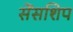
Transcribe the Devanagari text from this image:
सेंसशिप